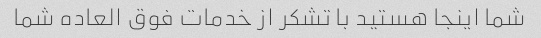
شما اینجا هستید با تشکر از خدمات فوق العاده شما